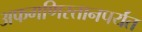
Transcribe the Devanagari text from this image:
अफगणिस्तानपर्यंत